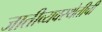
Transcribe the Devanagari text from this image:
जातीव्यवस्थेतीची